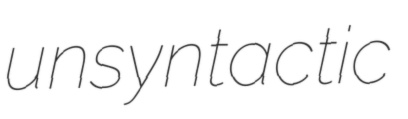
unsyntactic